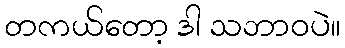
တကယ်တော့ ဒါ သဘာဝပဲ။